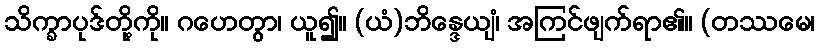
သိက္ခာပုဒ်တို့ကို။ ဂဟေတွာ၊ ယူ၍။ (ယံ)ဘိန္ဒေယျံ၊ အကြင်ဖျက်ရာ၏။ (တဿမေ၊